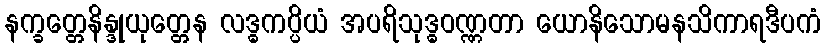
နက္ခတ္တေနိန္ဒုယုတ္တေန လဒ္ဓကပ္ပိယံ အပရိသုဒ္ဓဝဏ္ဏတာ ယောနိသောမနသိကာရဒီပကံ